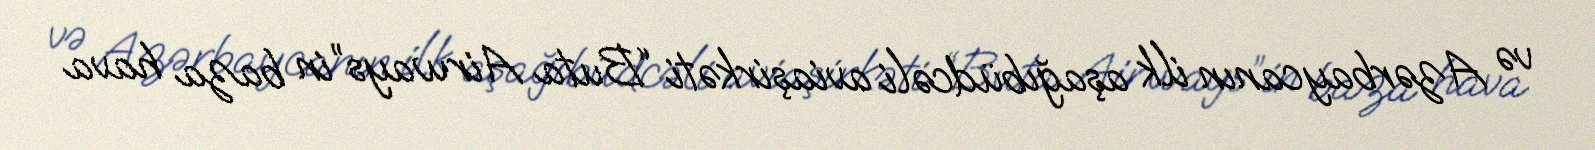
və Azərbaycanın ilk aşağıbüdcəli aviaşirkəti “Buta Airways”in baza hava